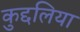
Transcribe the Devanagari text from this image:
कुद्दलिया